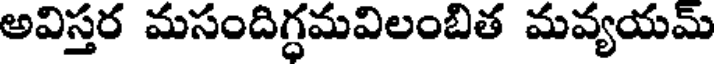
అవిస్తర మసందిగ్ధమవిలంబిత మవ్యయమ్